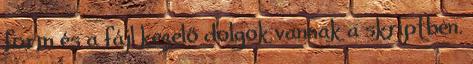
form és a fájl kezelő dolgok vannak a skriptben.